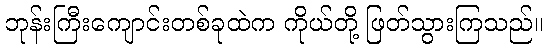
ဘုန်းကြီးကျောင်းတစ်ခုထဲက ကိုယ်တို့ ဖြတ်သွားကြသည်။